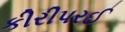
કીરીપરઈ